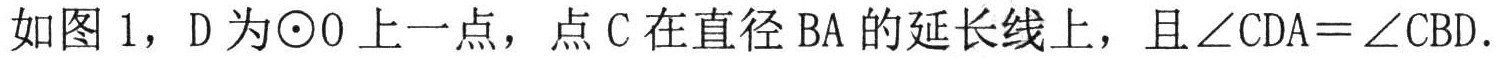
如图 1，D 为\(\odot O\)上一点，点 C 在直径 BA 的延长线上，且\(\angle CDA = \angle CBD\).